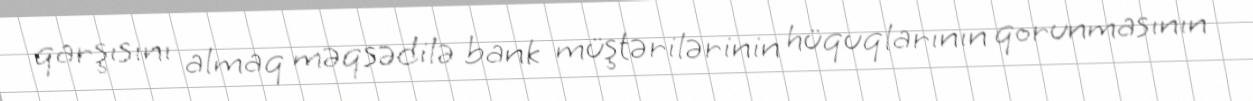
qarşısını almaq məqsədilə bank müştərilərinin hüquqlarının qorunmasının